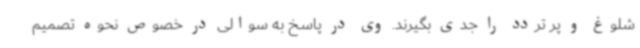
شلوغ و پر تردد را جدی بگیرند. وی در پاسخ به سوالی در خصوص نحوه تصمیم